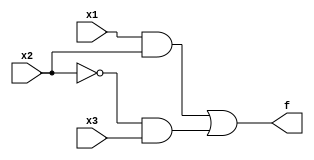
module Lab1(f, x1, x2, x3);
	input x1, x2, x3;
	output f;
	//Behavioral representation
	assign f = (x1 & x2) | (~x2 & x3);
endmodule